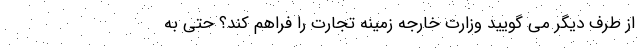
از طرف دیگر می گویید وزارت خارجه زمینه تجارت را فراهم کند؟ حتی به